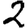
Digit: 2